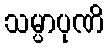
သမ္ပာပုဏိ